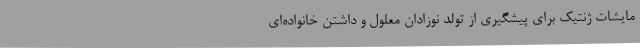
مایشات ژنتیک برای پیشگیری از تولد نوزادان معلول و داشتن خانواده‌ای